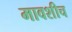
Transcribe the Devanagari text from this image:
मावशीच